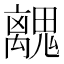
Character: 𮫧